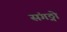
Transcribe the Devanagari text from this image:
संगठ्नो